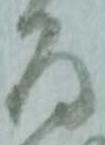
為